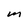
Character: m